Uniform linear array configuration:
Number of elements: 48
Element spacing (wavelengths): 0.25
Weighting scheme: kaiser
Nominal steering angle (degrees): -15
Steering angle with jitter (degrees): -14.994
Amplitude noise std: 0.05
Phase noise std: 0.05

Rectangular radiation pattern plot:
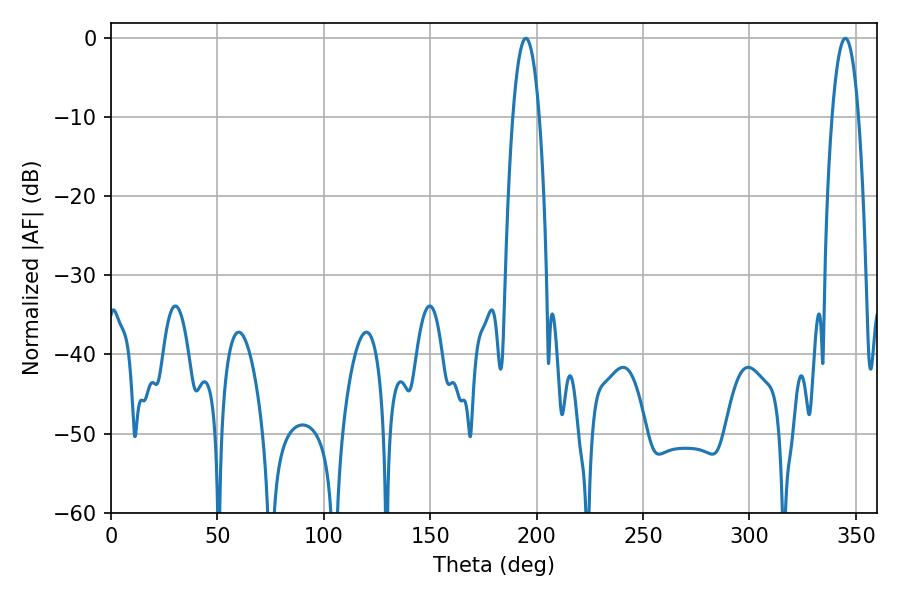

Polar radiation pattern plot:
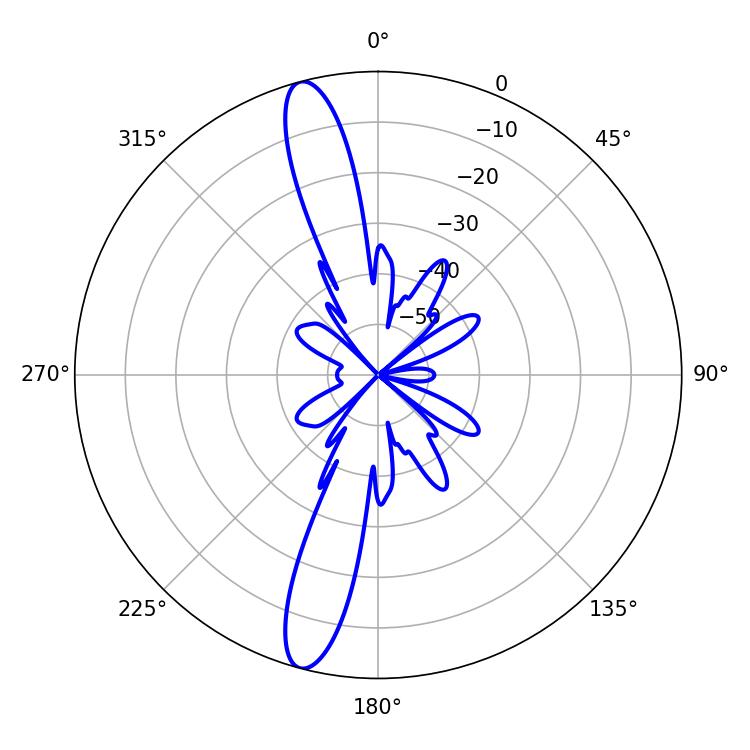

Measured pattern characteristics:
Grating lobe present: FALSE
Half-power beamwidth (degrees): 6.84
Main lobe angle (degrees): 194.94